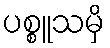
ပစ္စူသမှိ